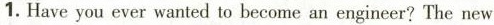
1.Have you ever wanted to become an engineer?The new